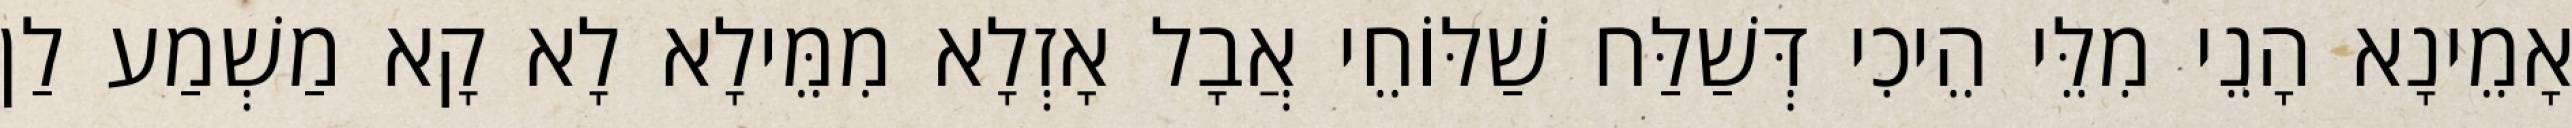
אָמֵינָא הָנֵי מִלֵּי הֵיכִי דְּשַׁלַּח שַׁלּוֹחֵי אֲבָל אָזְלָא מִמֵּילָא לָא קָא מַשְׁמַע לַן